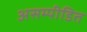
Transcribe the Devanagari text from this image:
असम्पीडित